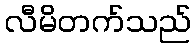
လီမိတက်သည်